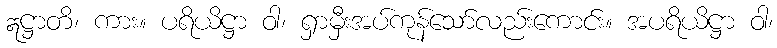
ဣဋ္ဌာတိ၊ ကား။ ပရိယိဋ္ဌာ ဝါ၊ ရှာမှီးအပ်ကုန်သော်လည်းကောင်း။ အပရိယိဋ္ဌာ ဝါ၊